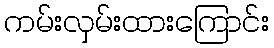
ကမ်းလှမ်းထားကြောင်း